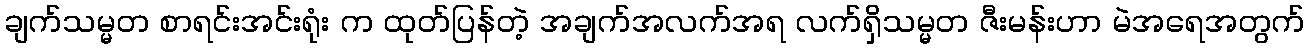
ချက်သမ္မတ စာရင်းအင်းရုံး က ထုတ်ပြန်တဲ့ အချက်အလက်အရ လက်ရှိသမ္မတ ဇီးမန်းဟာ မဲအရေအတွက်